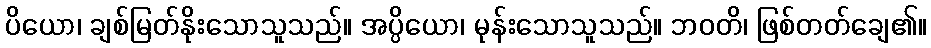
ပိယော၊ ချစ်မြတ်နိုးသောသူသည်။ အပ္ပိယော၊ မုန်းသောသူသည်။ ဘဝတိ၊ ဖြစ်တတ်ချေ၏။